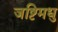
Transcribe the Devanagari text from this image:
जष्टिमधु